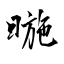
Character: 暆